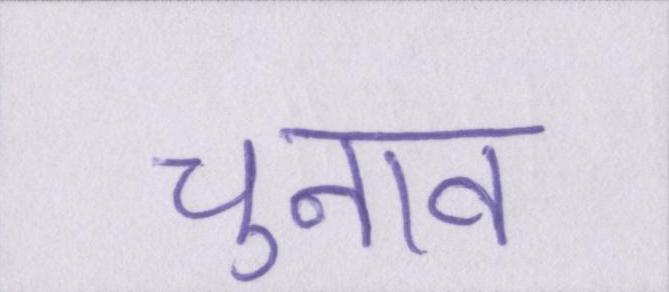
चुनाव